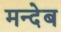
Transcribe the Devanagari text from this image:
मन्देब